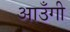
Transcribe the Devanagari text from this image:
आउँगी